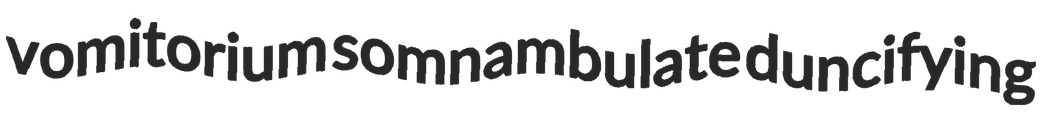
vomitorium somnambulate duncifying